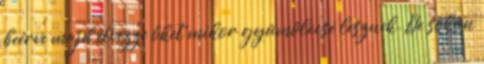
beérve majd élvezze őket mikor gyümölccsé lesznek. De sokan